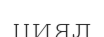
циял